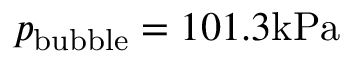
p _ { \mathrm { { b u b b l e } } } = 1 0 1 . 3 \mathrm { { k P a } }